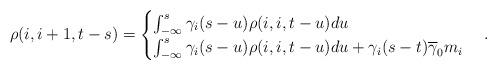
LaTeX: \begin{align*}\rho(i,i+1,t-s)=\begin{cases}\int_{-\infty}^{s}\gamma_{i}(s-u)\rho(i,i,t-u)du &\\\int_{-\infty}^{s}\gamma_{i}(s-u)\rho(i,i,t-u)du+\gamma_{i}(s-t)\overline{\gamma}_{0}m_{i} &\end{cases}.\end{align*}